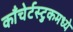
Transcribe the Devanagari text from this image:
काँचेर्टस्टुकमध्ये